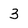
Character: 3